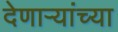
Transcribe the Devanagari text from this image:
देणाऱ्यांच्या